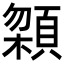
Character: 𩓬